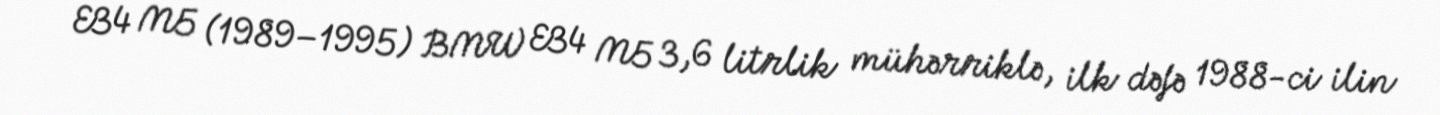
E34 M5 (1989–1995) BMW E34 M5 3,6 litrlik mühərriklə, ilk dəfə 1988-ci ilin